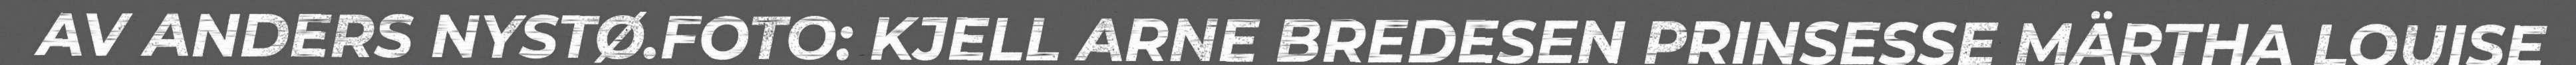
AV ANDERS NYSTØ.FOTO: KJELL ARNE BREDESEN PRINSESSE MÄRTHA LOUISE